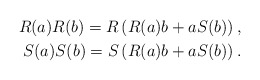
\begin{align*}R(a)R(b) = R\left(R(a) b + a S(b)\right) , \\S(a)S(b) = S\left(R(a) b + a S(b)\right) . \end{align*}